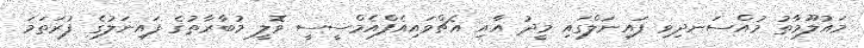
މައުލޫމާތު މުއްސަނދިވި ފައިނަލްގައި މީދު އާއި އެޗްވައިއެފްއެމްސީސީ ވޮލީ މުބާރާތުގެ ފައިނަލުގެ ފުރަތަމަ